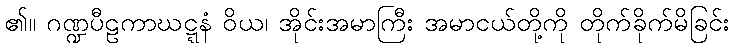
၏။ ဂဏ္ဍပီဠကာဃဋ္ဋနံ ဝိယ၊ အိုင်းအမာကြီး အမာငယ်တို့ကို တိုက်ခိုက်မိခြင်း